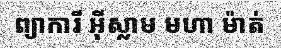
ព្យាការី អ៊ីស្លាម មហា ម៉ាត់